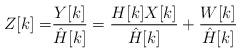
LaTeX: \begin{align*}Z[k] =& \frac{Y[k]}{\hat{H}[k]} = \frac{H[k]X[k]}{\hat{H}[k]} + \frac{W[k]}{\hat{H}[k]}\end{align*}